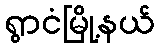
ရွာငံမြို့နယ်